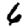
Digit: 6